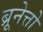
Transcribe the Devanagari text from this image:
ब्रूनेत्तो